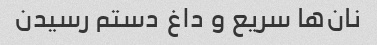
نان‌ها سریع و داغ دستم رسیدن